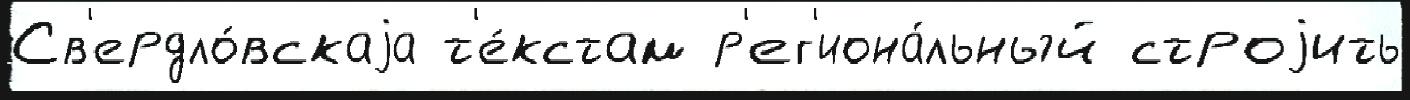
Св'ердло́вскаjа т'е́кстам р'ег'иона́льный строjить